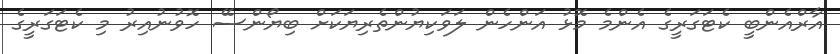
އާރްއެންބީ ކެޓަގަރީގެ އެންމެ މޮޅު އަންހެން ލަވަކިޔުންތެރިޔަކަށް ބިޔޯންސޭ ހޮވުނުއިރު މި ކެޓަގަރީގެ